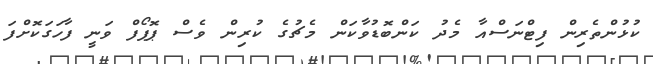
ކުޅުންތެރިން ފިޓްނަސްއާ މެދު ކަންބޮޑުވާކަން މެޗުގެ ކުރިން ވެސް ޕޮޕޯފް ވަނީ ފާހަގަކޮށްފަ